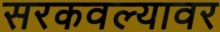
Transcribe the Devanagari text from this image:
सरकवल्यावर